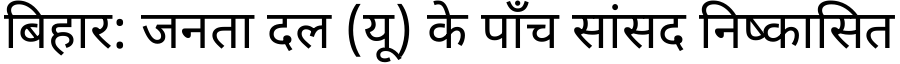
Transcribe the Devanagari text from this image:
बिहार: जनता दल (यू) के पाँच सांसद निष्कासित